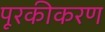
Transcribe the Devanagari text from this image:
पूरकीकरण